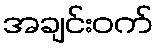
အချင်းဝက်